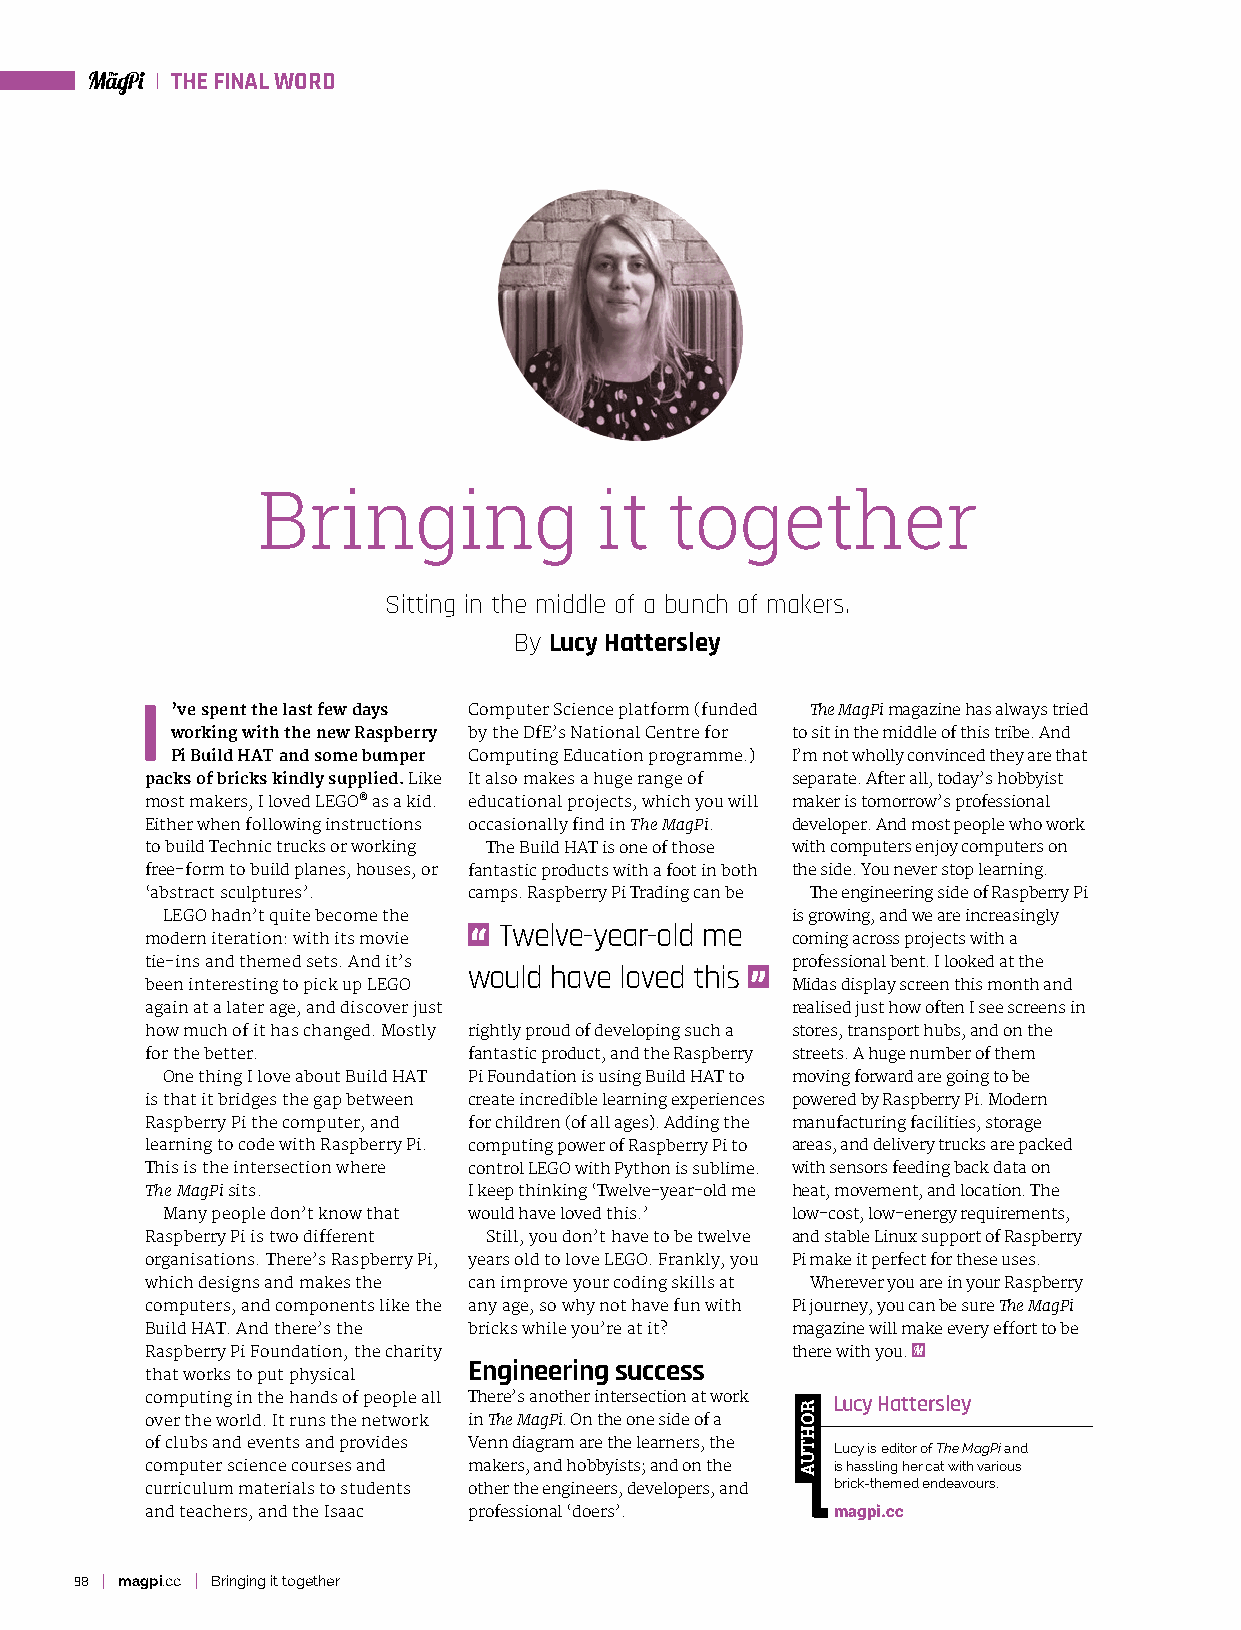
THE FINAL WORD
 Bringing              it   together
 Sitting in the middle of a bunch of makers.
 By Lucy Hattersley
 I ’ve spent the last few days Computer Science platform (funded The MagPi magazine has always tried
 working with the new Raspberry by the DfE’s National Centre for to sit in the middle of this tribe. And
 Pi Build HAT and some bumper Computing Education programme.) I’m not wholly convinced they are that
 packs of bricks kindly supplied. Like It also makes a huge range of separate. After all, today’s hobbyist
 most makers, I loved LEGO® as a kid. educational projects, which you will maker is tomorrow’s professional
 Either when following instructions occasionally find in The MagPi. developer. And most people who work
 to build Technic trucks or working The Build HAT is one of those with computers enjoy computers on
 free-form to build planes, houses, or fantastic products with a foot in both the side. You never stop learning.
 ‘abstract sculptures’. camps. Raspberry Pi Trading can be The engineering side of Raspberry Pi
 LEGO hadn’t quite become the             is growing, and we are increasingly
 Twelve-year-old me
 modern iteration: with its movie          coming across projects with a
 tie-ins and themed sets. And it’s         professional bent. I looked at the
 would have loved this
 been interesting to pick up LEGO          Midas display screen this month and
 again at a later age, and discover just   realised just how often I see screens in
 how much of it has changed. Mostly rightly proud of developing such a stores, transport hubs, and on the
 for the better.      fantastic product, and the Raspberry streets. A huge number of them
 One thing I love about Build HAT Pi Foundation is using Build HAT to moving forward are going to be
 is that it bridges the gap between create incredible learning experiences powered by Raspberry Pi. Modern
 Raspberry Pi the computer, and for children (of all ages). Adding the manufacturing facilities, storage
 learning to code with Raspberry Pi. computing power of Raspberry Pi to areas, and delivery trucks are packed
 This is the intersection where control LEGO with Python is sublime. with sensors feeding back data on
 The MagPi sits.      I keep thinking ‘Twelve-year-old me heat, movement, and location. The
 Many people don’t know that would have loved this.’ low-cost, low-energy requirements,
 Raspberry Pi is two different Still, you don’t have to be twelve and stable Linux support of Raspberry
 organisations. There’s Raspberry Pi, years old to love LEGO. Frankly, you Pi make it perfect for these uses.
 which designs and makes the can improve your coding skills at Wherever you are in your Raspberry
 computers, and components like the any age, so why not have fun with Pi journey, you can be sure The MagPi
 Build HAT. And there’s the bricks while you’re at it? magazine will make every effort to be
 Raspberry Pi Foundation, the charity      there with you.
 Engineering success
 that works to put physical
 computing in the hands of people all There’s another intersection at work Lucy Hattersley
 over the world. It runs the network in The MagPi. On the one side of a
 of clubs and events and provides Venn diagram are the learners, the Lucy is editor of The MagPi and
 computer science courses and makers, and hobbyists; and on the is hassling her cat with various
 curriculum materials to students other the engineers, developers, and brick‑themed endeavours.
 and teachers, and the Isaac professional ‘doers’. magpi.cc
 98 magpi.cc Bringing it together
 ROHTUA